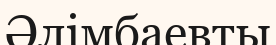
Әлімбаевты